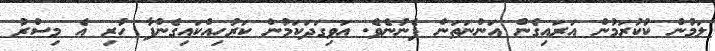
ލަމުން ކުކުރަމުން އަރައިގެން އަންނަތަން ފެނުނެވެ. އަވިގަދަކަމުން ކަރުހިއްކައިގެންފާ ހުރި އެ މިސްރު